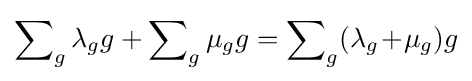
\sum \nolimits _{g}\lambda _{g}g+\sum \nolimits _{g}\mu _{g}g=\sum \nolimits _{g}(\lambda _{g}\!+\!\mu _{g})g